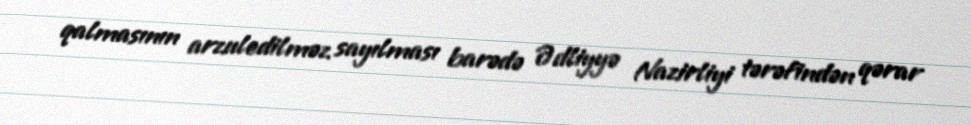
qalmasının arzuledilməz sayılması barədə Ədliyyə Nazirliyi tərəfindən qərar